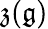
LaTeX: {\mathfrak{z}}({\mathfrak{g}})